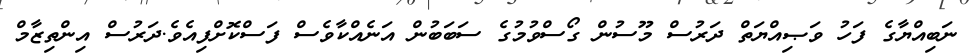
ނަބިއްޔާގެ ފަހު ވަޞިއްޔަތް ދަރުސް މޫސުން ގޯސްވުމުގެ ސަބަބުން އަނެއްކާވެސް ފަސްކޮށްފިއެވެ.ދަރުސް އިންތިޒާމް